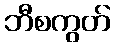
ဘီစကွတ်